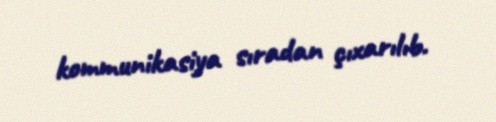
kommunikasiya sıradan çıxarılıb.